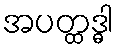
အပတ္ထဒ္ဓါ